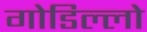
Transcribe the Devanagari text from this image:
गोडिल्लो